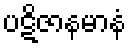
ပဋိဇာနမာနံ